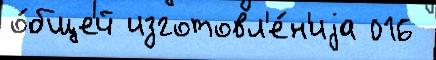
о́бщей изготовл'е́н'иjа 016